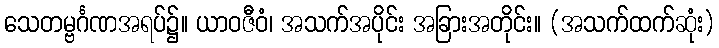
သေတမ္ဗင်္ဂဏအရပ်၌။ ယာဝဇီဝံ၊ အသက်အပိုင်း အခြားအတိုင်း။ (အသက်ထက်ဆုံး)